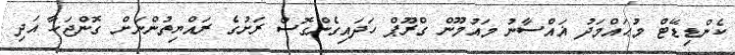
ކެންޑިޑޭޓް މުޙައްމަދު ޣައްސާނު މައުމޫން ގްރޫޕް ހަދައިގެންގޮސް ރަށުގެ ރައްޔިތުންނަށް ގޮންޖަހާ އަދި